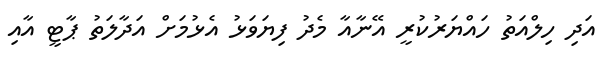
އަދި ހިލްއަތު ހައްޔަރުކުރީ އޭނާއާ މެދު ފިޔަވަޅު އެޅުމަށް އަދާލަތު ޕާޓީ އާއި